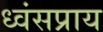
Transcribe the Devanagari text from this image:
ध्वंसप्राय